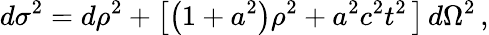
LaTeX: d\sigma^{2}=d\rho^{2}+\left[\left(1+a^{2}\right)\rho^{2}+a^{2}c^{2}t^{2}\, \right]\, d\Omega^{2}\, ,